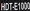
HDT-E1000